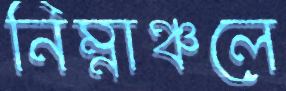
নিম্নাঞ্চলে